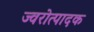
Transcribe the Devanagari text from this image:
ज्वरोत्पादक